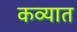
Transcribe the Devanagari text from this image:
कव्यात